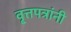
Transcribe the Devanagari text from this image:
वृ्त्तपत्रांनी